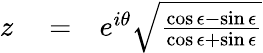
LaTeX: \begin{array}{rlr}{z}&{{}=}&{e^{i\theta}\sqrt{\frac{\cos\epsilon-\sin\epsilon}{\cos\epsilon+\sin\epsilon}}}\end{array}